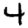
Digit: 4